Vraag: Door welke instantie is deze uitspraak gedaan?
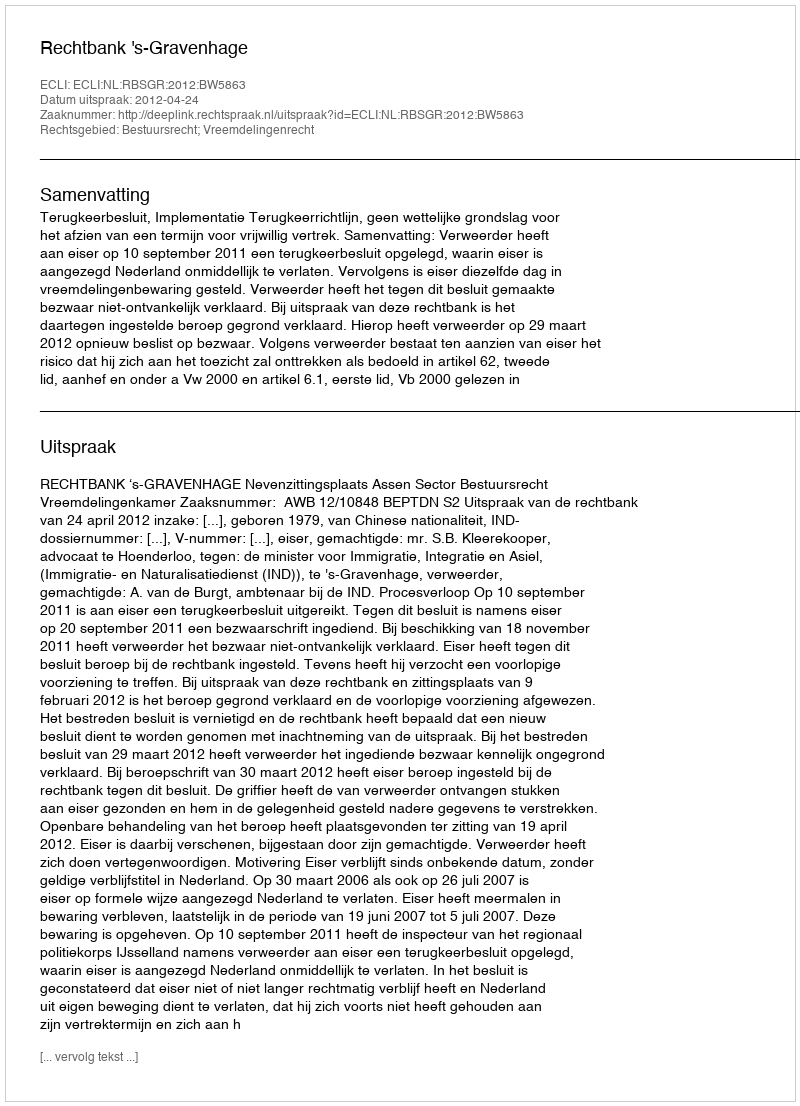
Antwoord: Rechtbank 's-Gravenhage